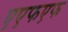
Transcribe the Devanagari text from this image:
एएफएफ